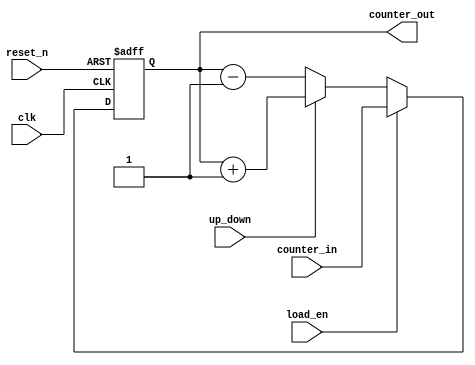

module counter_up_down_load_nbit 
    // Parameters section
    #( parameter CNT_WIDTH = 3)
    // Ports section
    (input clk,
    input reset_n,
	input load_en,
	input [CNT_WIDTH-1:0] counter_in,
	input up_down,
    output reg [CNT_WIDTH-1:0] counter_out);
  
    // Use non-blocking assignment for sequential logic
    always @(posedge clk or negedge reset_n) begin
        if (!reset_n)
		    counter_out <= 0;
		else if (load_en) // loading has priority
		    counter_out <= counter_in;
	    else begin
		    if (up_down == 1'b1) begin
				counter_out <= counter_out + 1'b1;
            end else begin
				counter_out <= counter_out - 1'b1;
		    end
		end
    end  
  
endmodule